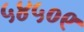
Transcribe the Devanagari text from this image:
५४५०९